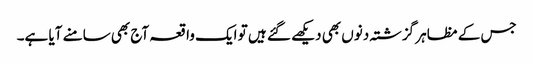
جس کے مظاہر گزشتہ دنوں بھی دیکھے گئے ہیں تو ایک واقعہ آج بھی سامنے آیا ہے۔